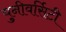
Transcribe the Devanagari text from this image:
युनीवर्सिटी